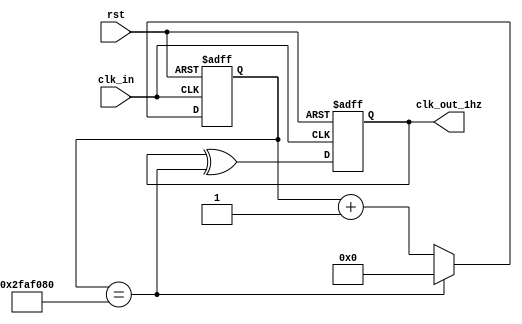
`timescale 1ns / 1ps
//////////////////////////////////////////////////////////////////////////////////
// Company: 
// Engineer: 
// 
// Design Name: 
// Module Name: frequency_divider_exact_1hz
// Project Name: 
// Target Devices: 
// Tool Versions: 
// Description: 
// 
// Dependencies: 
// 
// Revision:
// Revision 0.01 - File Created
// Additional Comments:
// 
//////////////////////////////////////////////////////////////////////////////////


module frequency_divider_exact_1hz(clk_in, rst, clk_out_1hz);
    // a counter-for-50M requires  26 bit
    input clk_in, rst;  //low active reset
    output clk_out_1hz;
    
    
    reg [25:0] p_temp;
    reg [25:0] p;
   
    reg clk_out_1hz;
   
    wire clk_out_1hz_next;
    
    
    
    assign clk_out_1hz_next = clk_out_1hz ^ (p == 26'd50000000);
    
    
    
    always @* begin
        if(p == 26'd50000000) begin
            p_temp = 26'd0;
        end
        else begin
            p_temp = p + 1'b1;
        end
    end
    
   
    
    always @(posedge clk_in or negedge rst) begin
        if(~rst) begin
            p <= 26'd0;
        end
        else begin
            p <= p_temp;
        end      
    end
  
    
    always @(posedge clk_in or negedge rst) begin
        if(~rst) begin
            clk_out_1hz <= 1'b0;
        end
        else begin
            clk_out_1hz <= clk_out_1hz_next;
        end
    end
    
 
endmodule